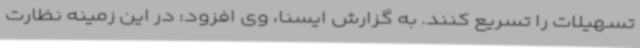
تسهیلات را تسریع کنند. به گزارش ایسنا، وی افزود: در این زمینه نظارت